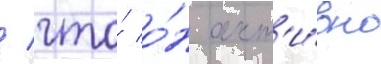
/ что́ о́н акт'и́вно